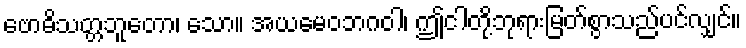
ဗောဓိသတ္တဘူတော၊ သော။ အယမေဝဘဂဝါ၊ ဤငါတို့ဘုရားမြတ်စွာသည်ပင်လျှင်။